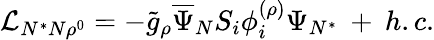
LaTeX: {\cal\mathcal{L}}_{N^{*}N\rho^{0}}=-{\tilde{{g}}}_{\rho}\overline{{{{\Psi}}}}_{N}S_{i}\phi_{i}^{(\rho)}\Psi_{N^{*}}\: +\: h.c.